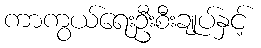
ကာကွယ်ရေးဦးစီးချုပ်နှင့်